Indian journal of veterinary science and animal husbandry - Volumes 22-23, 1952-1953
Year: 1952
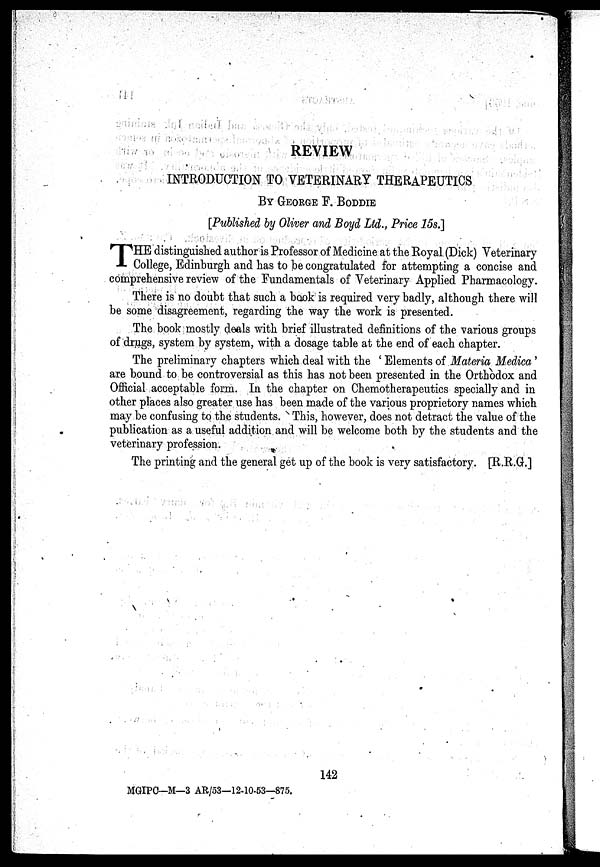
REVIEW
INTRODUCTION TO VETERINARY THERAPEUTICS
BY
GEORGE
F. BODDIE
[Published by Oliver and Boyd Ltd., Price 15s.]
T HE distinguished author is Professor of Medicine at the Royal. (Dick) Veterinary
College, Edinburgh and has to be congratulated for attempting a concise and
comprehensive review of the Fundamentals of Veterinary Applied Pharmacology.
There is no doubt that such a book is required very badly, although there will
be some disagreement, regarding the way the work is presented.
The book mostly deals with brief illustrated definitions of the various groups
of drugs, system by system, with a dosage table at the end of each chapter.
The preliminary chapters which deal with the ' Elements of Materia Medica'
are bound to be controversial as this has not been presented in the Orthodox and
Official acceptable form. In the chapter on Chemotherapeutics specially and in
other places also greater use has been made of the various proprietory names which
may be confusing to the students. This, however, does not detract the value of the
publication as a useful addition and will be welcome both by the students and the
veterinary profession.
The printing and the general get up of the book is very satisfactory. [R.R.G.]
142
MGIPC—M—3 AR/53—12-10-53—875.